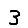
Digit: 3